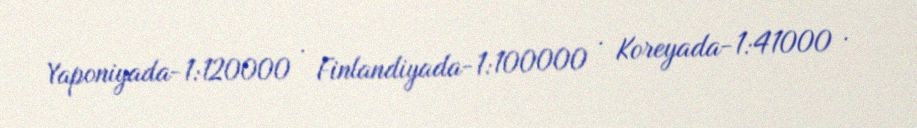
Yaponiyada-1:120000 · Finlandiyada-1:100000 · Koreyada-1:41000 ·